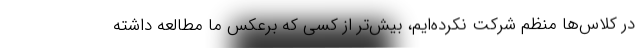
در کلاس‌ها منظم شرکت نکرده‌ایم، بیش‌تر از کسی که برعکس ما مطالعه داشته